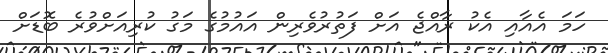
ހަމަ އެއާއި އެކު ރާއްޖެ އަށް ފަތުރުވެރިން އައުމުގެ މަގު ކުރިއަށްވުރެ ބޮޑަށް